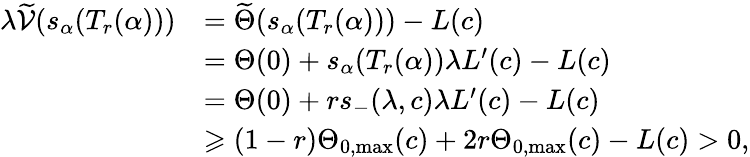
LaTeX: \begin{array}{rl}{\lambda\widetilde{\mathcal{V}}(s_{\alpha}(T_{r}(\alpha)))}&{=\widetilde{\Theta}(s_{\alpha}(T_{r}(\alpha)))-L(c)}\\ &{={\Theta}(0)+s_{\alpha}(T_{r}(\alpha))\lambda L^{\prime}(c)-L(c)}\\ &{={\Theta}(0)+rs_{-}(\lambda,c)\lambda L^{\prime}(c)-L(c)}\\ &{\geqslant(1-r){\Theta}_{0,\operatorname*{max}}(c)+2r{\Theta}_{0,\operatorname*{max}}(c)-L(c)>0,}\end{array}